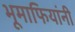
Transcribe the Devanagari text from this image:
भूमाफियांनी